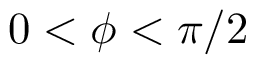
0 < \phi < \pi / 2